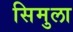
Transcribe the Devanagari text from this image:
सिमुला